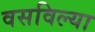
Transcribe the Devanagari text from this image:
वसविल्या